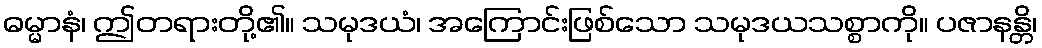
ဓမ္မာနံ၊ ဤတရားတို့၏။ သမုဒယံ၊ အကြောင်းဖြစ်သော သမုဒယသစ္စာကို။ ပဇာနန္တိ၊